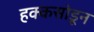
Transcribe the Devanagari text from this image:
हक्कसोडून